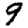
Digit: 9